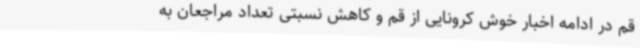
قم در ادامه اخبار خوش کرونایی از قم و کاهش نسبتی تعداد مراجعان به